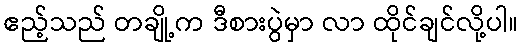
ဧည့်သည် တချို့က ဒီစားပွဲမှာ လာ ထိုင်ချင်လို့ပါ။